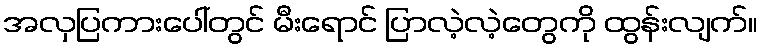
အလှပြကားပေါ်တွင် မီးရောင် ပြာလဲ့လဲ့တွေကို ထွန်းလျက်။